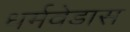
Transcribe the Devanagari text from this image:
धर्मवेडास